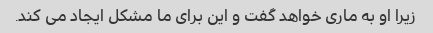
زیرا او به ماری خواهد گفت و این برای ما مشکل ایجاد می کند.